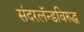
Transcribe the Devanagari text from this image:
संदरलॅन्डविरुद्ध